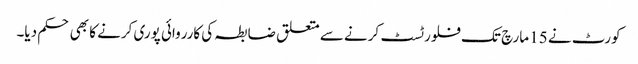
کورٹ نے 15 مارچ تک فلور ٹسٹ کرنے سے متعلق ضابطہ کی کارروائی پوری کرنے کا بھی حکم دیا۔